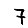
Digit: 7